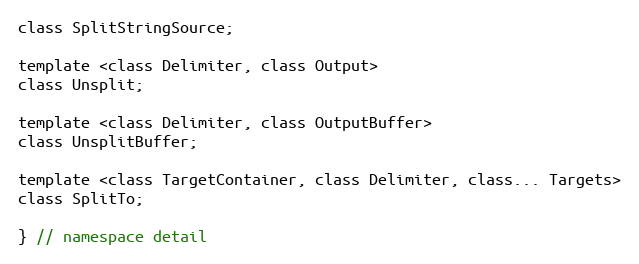
Language: C
class SplitStringSource;

template <class Delimiter, class Output>
class Unsplit;

template <class Delimiter, class OutputBuffer>
class UnsplitBuffer;

template <class TargetContainer, class Delimiter, class... Targets>
class SplitTo;

} // namespace detail